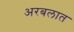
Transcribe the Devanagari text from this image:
अरबलात